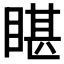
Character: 𭿄